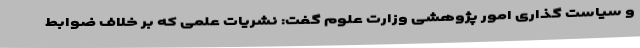
و سیاست گذاری امور پژوهشی وزارت علوم گفت: نشریات علمی که بر خلاف ضوابط